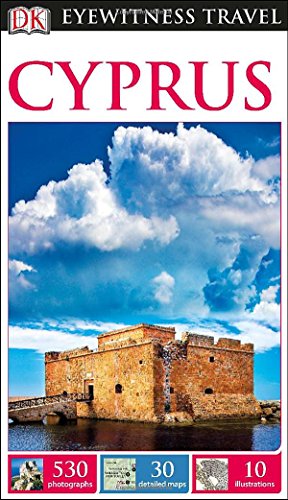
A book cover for DK Eyewitness Travel Guide: Cyprus; DK Publishing; Travel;